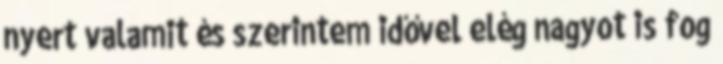
nyert valamit és szerintem idővel elég nagyot is fog